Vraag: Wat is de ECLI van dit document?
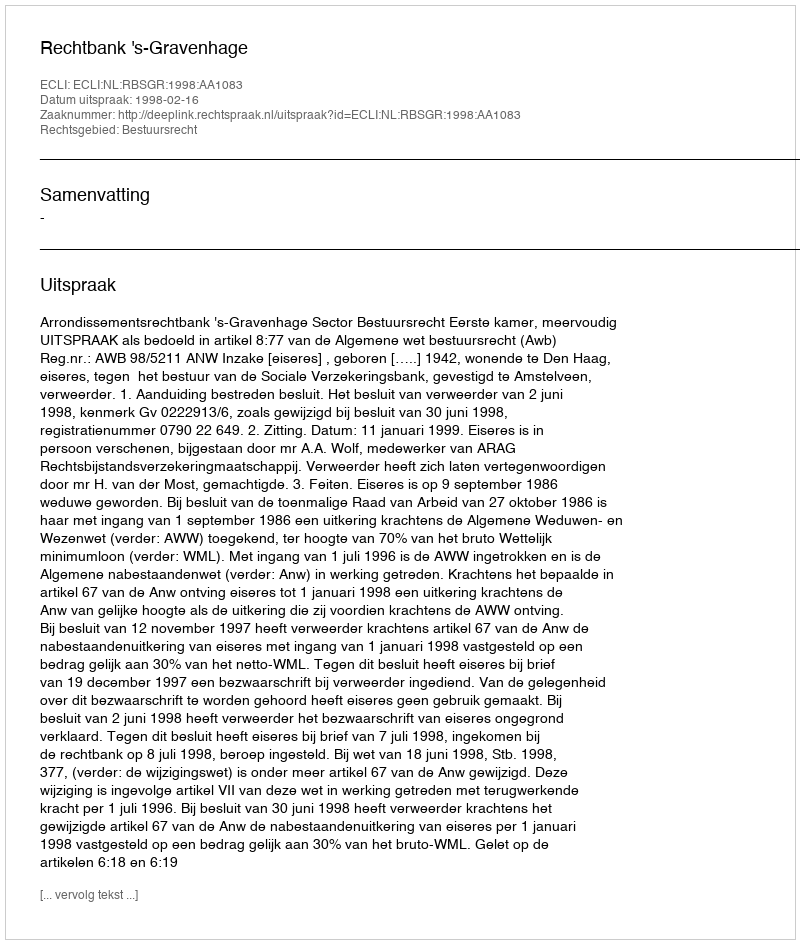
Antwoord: ECLI:NL:RBSGR:1998:AA1083